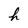
Character: h